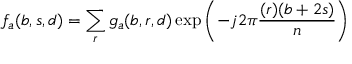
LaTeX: f _ { a } ( b , s , d ) = \sum _ { r } g _ { a } ( b , r , d ) \exp \left( - j 2 \pi { \frac { ( r ) ( b + 2 s ) } { n } } \right)